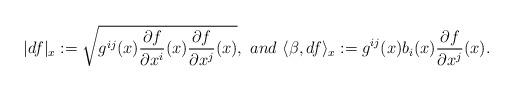
LaTeX: \begin{align*} |df|_x:=\sqrt{g^{ij}(x)\frac{\partial f}{\partial x^i}(x)\frac{\partial f}{\partial x^j}(x)},\ and\ \langle \beta,df \rangle_x:=g^{ij}(x)b_i(x)\frac{\partial f}{\partial x^j}(x).\end{align*}